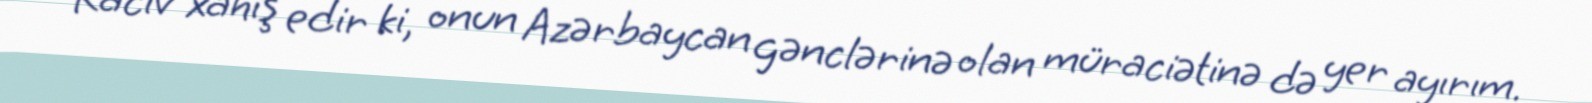
Raciv xahiş edir ki, onun Azərbaycan gənclərinə olan müraciətinə də yer ayırım.